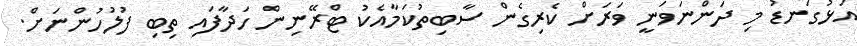
އަޅުގަނޑު މި ދަންނަވަނީ ވަރަށް ކެރިގެން ސާބިތުކަމާއެކު ޓްރޭނިން ހަދާފައި ތިބި ފުލުހުންނަށް.